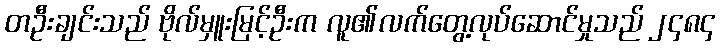
တဦးချင်းသည် ဗိုလ်မှူးမြင့်ဦးက လူ၏လက်တွေ့လုပ်ဆောင်မှုသည် ၂၄၈၄